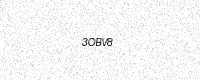
Text: 3OBV8